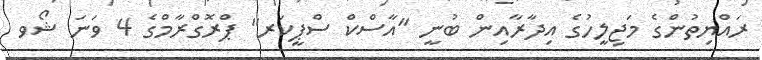
ރައްޔިތުންގެ މަޖިލީހުގެ އިދާރާއިން ބުނީ "އާސްކް ސްޕީކަރ" ޕްރޮގްރާމްގެ 4 ވަނަ ޝޯވ